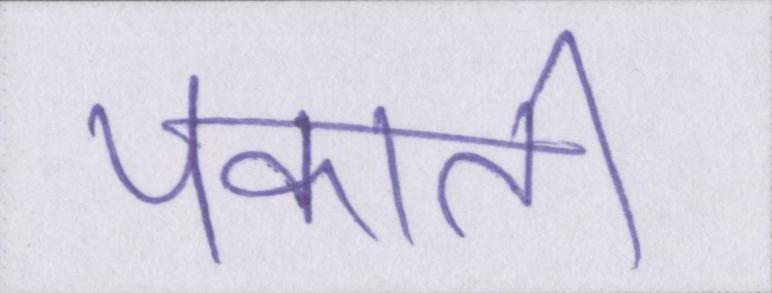
पकाती